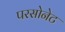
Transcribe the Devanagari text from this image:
परसोनेट